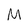
Character: M